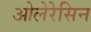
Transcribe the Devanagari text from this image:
ओलेरेसिन